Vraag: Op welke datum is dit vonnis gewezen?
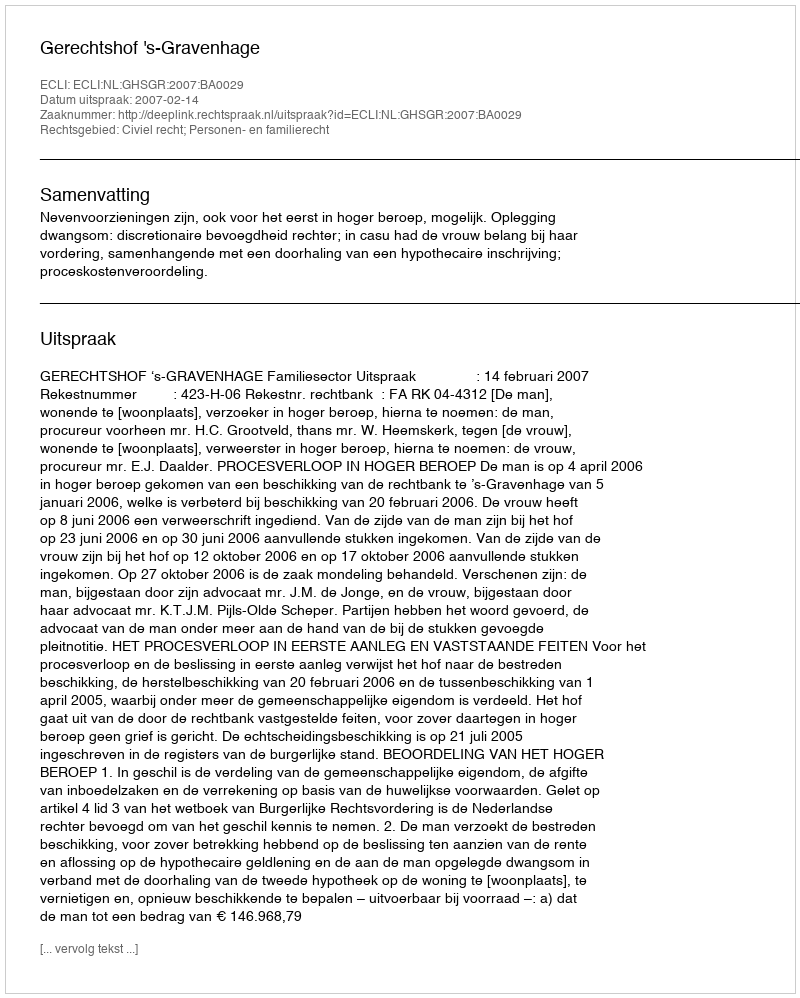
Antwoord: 2007-02-14